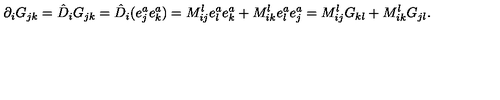
\partial _ { i } G _ { j k } = \hat { D } _ { i } G _ { j k } = \hat { D } _ { i } ( e _ { j } ^ { a } e _ { k } ^ { a } ) = M _ { i j } ^ { l } e _ { l } ^ { a } e _ { k } ^ { a } + M _ { i k } ^ { l } e _ { l } ^ { a } e _ { j } ^ { a } = M _ { i j } ^ { l } G _ { k l } + M _ { i k } ^ { l } G _ { j l } .